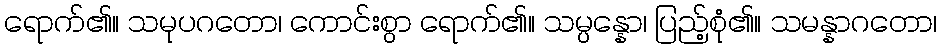
ရောက်၏။ သမုပဂတော၊ ကောင်းစွာ ရောက်၏။ သမ္ပန္နော၊ ပြည့်စုံ၏။ သမန္နာဂတော၊